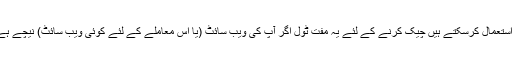
آپ بھی استعمال کرسکتے ہیں چیک کرنے کے لئے یہ مفت ٹول اگر آپ کی ویب سائٹ (یا اس معاملے کے لئے کوئی ویب سائٹ) نیچے ہے یا نہیں۔